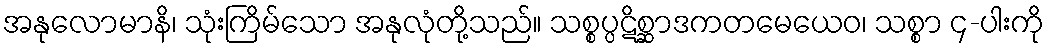
အနုလောမာနိ၊ သုံးကြိမ်သော အနုလုံတို့သည်။ သစ္စပ္ပဋိစ္ဆာဒကတမေယေဝ၊ သစ္စာ ၄-ပါးကို